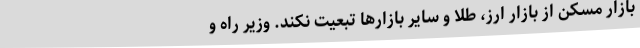
بازار مسکن از بازار ارز، طلا و سایر بازارها تبعیت نکند. وزیر راه و